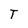
Character: T